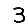
Digit: 3